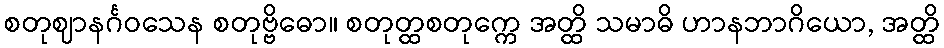
စတုဈာနင်္ဂဝသေန စတုဗ္ဗိဓော။ စတုတ္ထစတုက္ကေ အတ္ထိ သမာဓိ ဟာနဘာဂိယော, အတ္ထိ